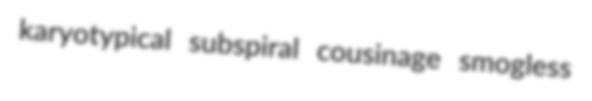
karyotypical subspiral cousinage smogless